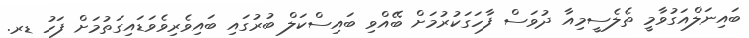
ބައިނަލްއަގުވާމީ ތެލެސީމިއާ ދުވަސް ފާހަގަކުރުމަށް ބޭއްވި ބައިސްކަލް ބުރުގައި ބައިވެރިވެވަޑައިގަތުމަށް ފަހު ޑރ.